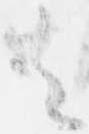
共